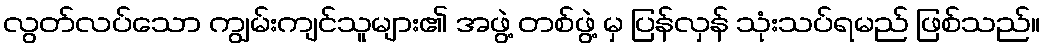
လွတ်လပ်သော ကျွမ်းကျင်သူများ၏ အဖွဲ့ တစ်ဖွဲ့ မှ ပြန်လှန် သုံးသပ်ရမည် ဖြစ်သည်။